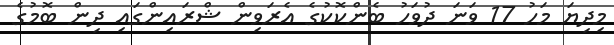
މިދިޔަ މަހު 17 ވަނަ ދުވަހު ބެންކޮކުގެ އެރަވިން ޝްރައިންގައި ދިން ބޮމުގެ